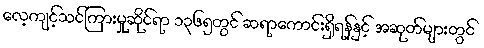
လေ့ကျင့်သင်ကြားမှုဆိုင်ရာ ၁၃၆၅တွင် ဆရာကောင်းရှိရန်နှင့် အဆုတ်များတွင်